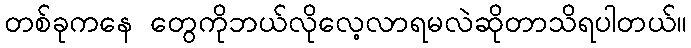
တစ်ခုကနေ တွေကိုဘယ်လိုလေ့လာရမလဲဆိုတာသိရပါတယ်။